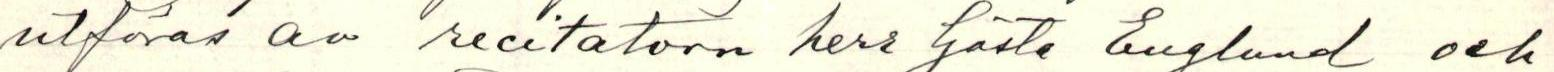
utföras av recitatören herr Gösta Englund och